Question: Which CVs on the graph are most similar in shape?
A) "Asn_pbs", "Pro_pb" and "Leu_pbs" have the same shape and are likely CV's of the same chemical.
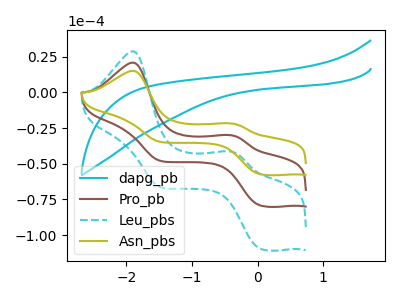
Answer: <think>The cyan curve "dapg_pb" has no peaks. The brown curve "Pro_pb" has anodic peaks at (-1.90V, 20.75uA) (-0.40V, -29.95uA) and cathodic peaks at (0.05V, -79.05uA) (-1.50V, -47.85uA). The cyan dashed curve "Leu_pbs" has anodic peaks at (-1.90V, 41.50uA) (-0.40V, -59.85uA) and cathodic peaks at (0.05V, -158.15uA) (-1.50V, -95.70uA). The olive curve "Asn_pbs" has anodic peaks at (-1.90V, 15.00uA) (-0.40V, -21.65uA) and cathodic peaks at (0.05V, -57.20uA) (-1.50V, -34.60uA).
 "dapg_pb" and "Pro_pb" have a different number of peaks. "dapg_pb" and "Leu_pbs" have a different number of peaks. "dapg_pb" and "Asn_pbs" have a different number of peaks. All the peaks in "Pro_pb" have a peak in "Leu_pbs" at the same potential. All the peaks in "Pro_pb" have a peak in "Asn_pbs" at the same potential. All the peaks in "Leu_pbs" have a peak in "Asn_pbs" at the same potential.</think>
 <answer>A) "Asn_pbs", "Pro_pb" and "Leu_pbs" have the same shape and are likely CV's of the same chemical.</answer>
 <eval>A</eval>